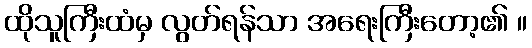
ထိုသူကြီးထံမှ လွတ်ရန်သာ အရေးကြီးတော့၏ ။